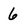
Character: 6